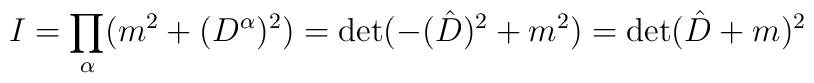
I= \prod_{\alpha}(m^2+(D^{\alpha})^2)= \det(-(\hat{D})^2+m^2)= \det( \hat{D}+m)^2